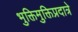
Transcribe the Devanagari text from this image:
भुक्तिमुक्तिप्रदात्रे